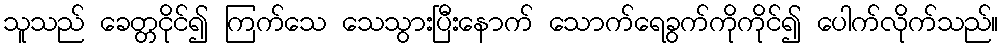
သူသည် ခေတ္တငိုင်၍ ကြက်သေ သေသွားပြီးနောက် သောက်ရေခွက်ကိုကိုင်၍ ပေါက်လိုက်သည်။